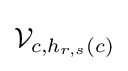
{\mathcal {V}}_{c,h_{r,s}(c)}